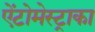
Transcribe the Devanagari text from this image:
ऐंटोमेस्ट्राका